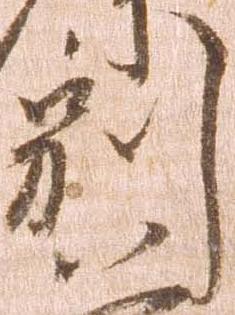
別